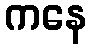
ကနေ